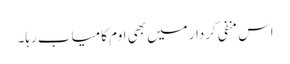
اس منفی کردار میں بھی اوم کامیاب رہا۔